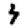
Digit: 3